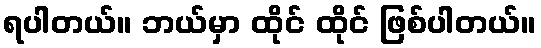
ရပါတယ်။ ဘယ်မှာ ထိုင် ထိုင် ဖြစ်ပါတယ်။